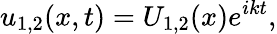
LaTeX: u_{1,2}(x,t)=U_{1,2}(x)e^{ikt},